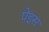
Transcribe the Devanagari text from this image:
पेइस